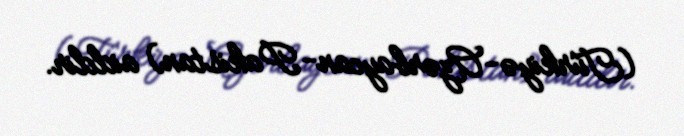
(Türkiyə-Azərbaycan-Pakistan) aiddir.